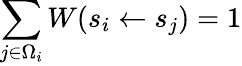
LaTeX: \sum_{j\in\Omega_{i}}W(s_{i}\gets s_{j})=1